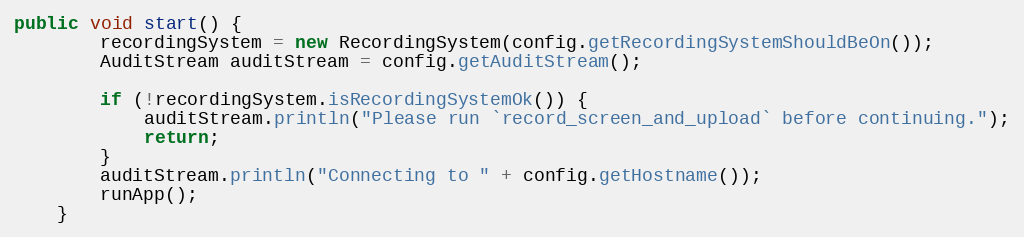
Language: Java
public void start() {
        recordingSystem = new RecordingSystem(config.getRecordingSystemShouldBeOn());
        AuditStream auditStream = config.getAuditStream();

        if (!recordingSystem.isRecordingSystemOk()) {
            auditStream.println("Please run `record_screen_and_upload` before continuing.");
            return;
        }
        auditStream.println("Connecting to " + config.getHostname());
        runApp();
    }